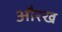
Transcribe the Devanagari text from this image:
औरख